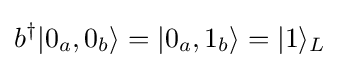
b^{\dagger }|0_{a},0_{b}\rangle =|0_{a},1_{b}\rangle =|1\rangle _{L}